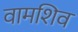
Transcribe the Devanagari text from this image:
वामशिव